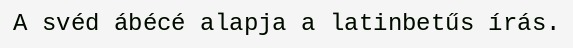
A svéd ábécé alapja a latinbetűs írás.